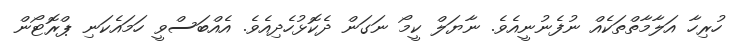
ހުރިހާ އަލާމާތްތަކެއް ނުފެނުނީއެވެ. ނާޔަލް ކީމޯ ނަގަން ދެކޮޅުހެދިއެވެ. އެއްބަސްވީ ހަމައެކަނި ޕްރޮޓޯން